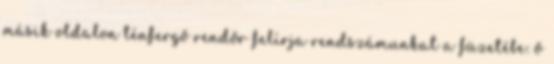
másik oldalon ténfergő rendőr felírja rendszámunkat a füzetébe: ő